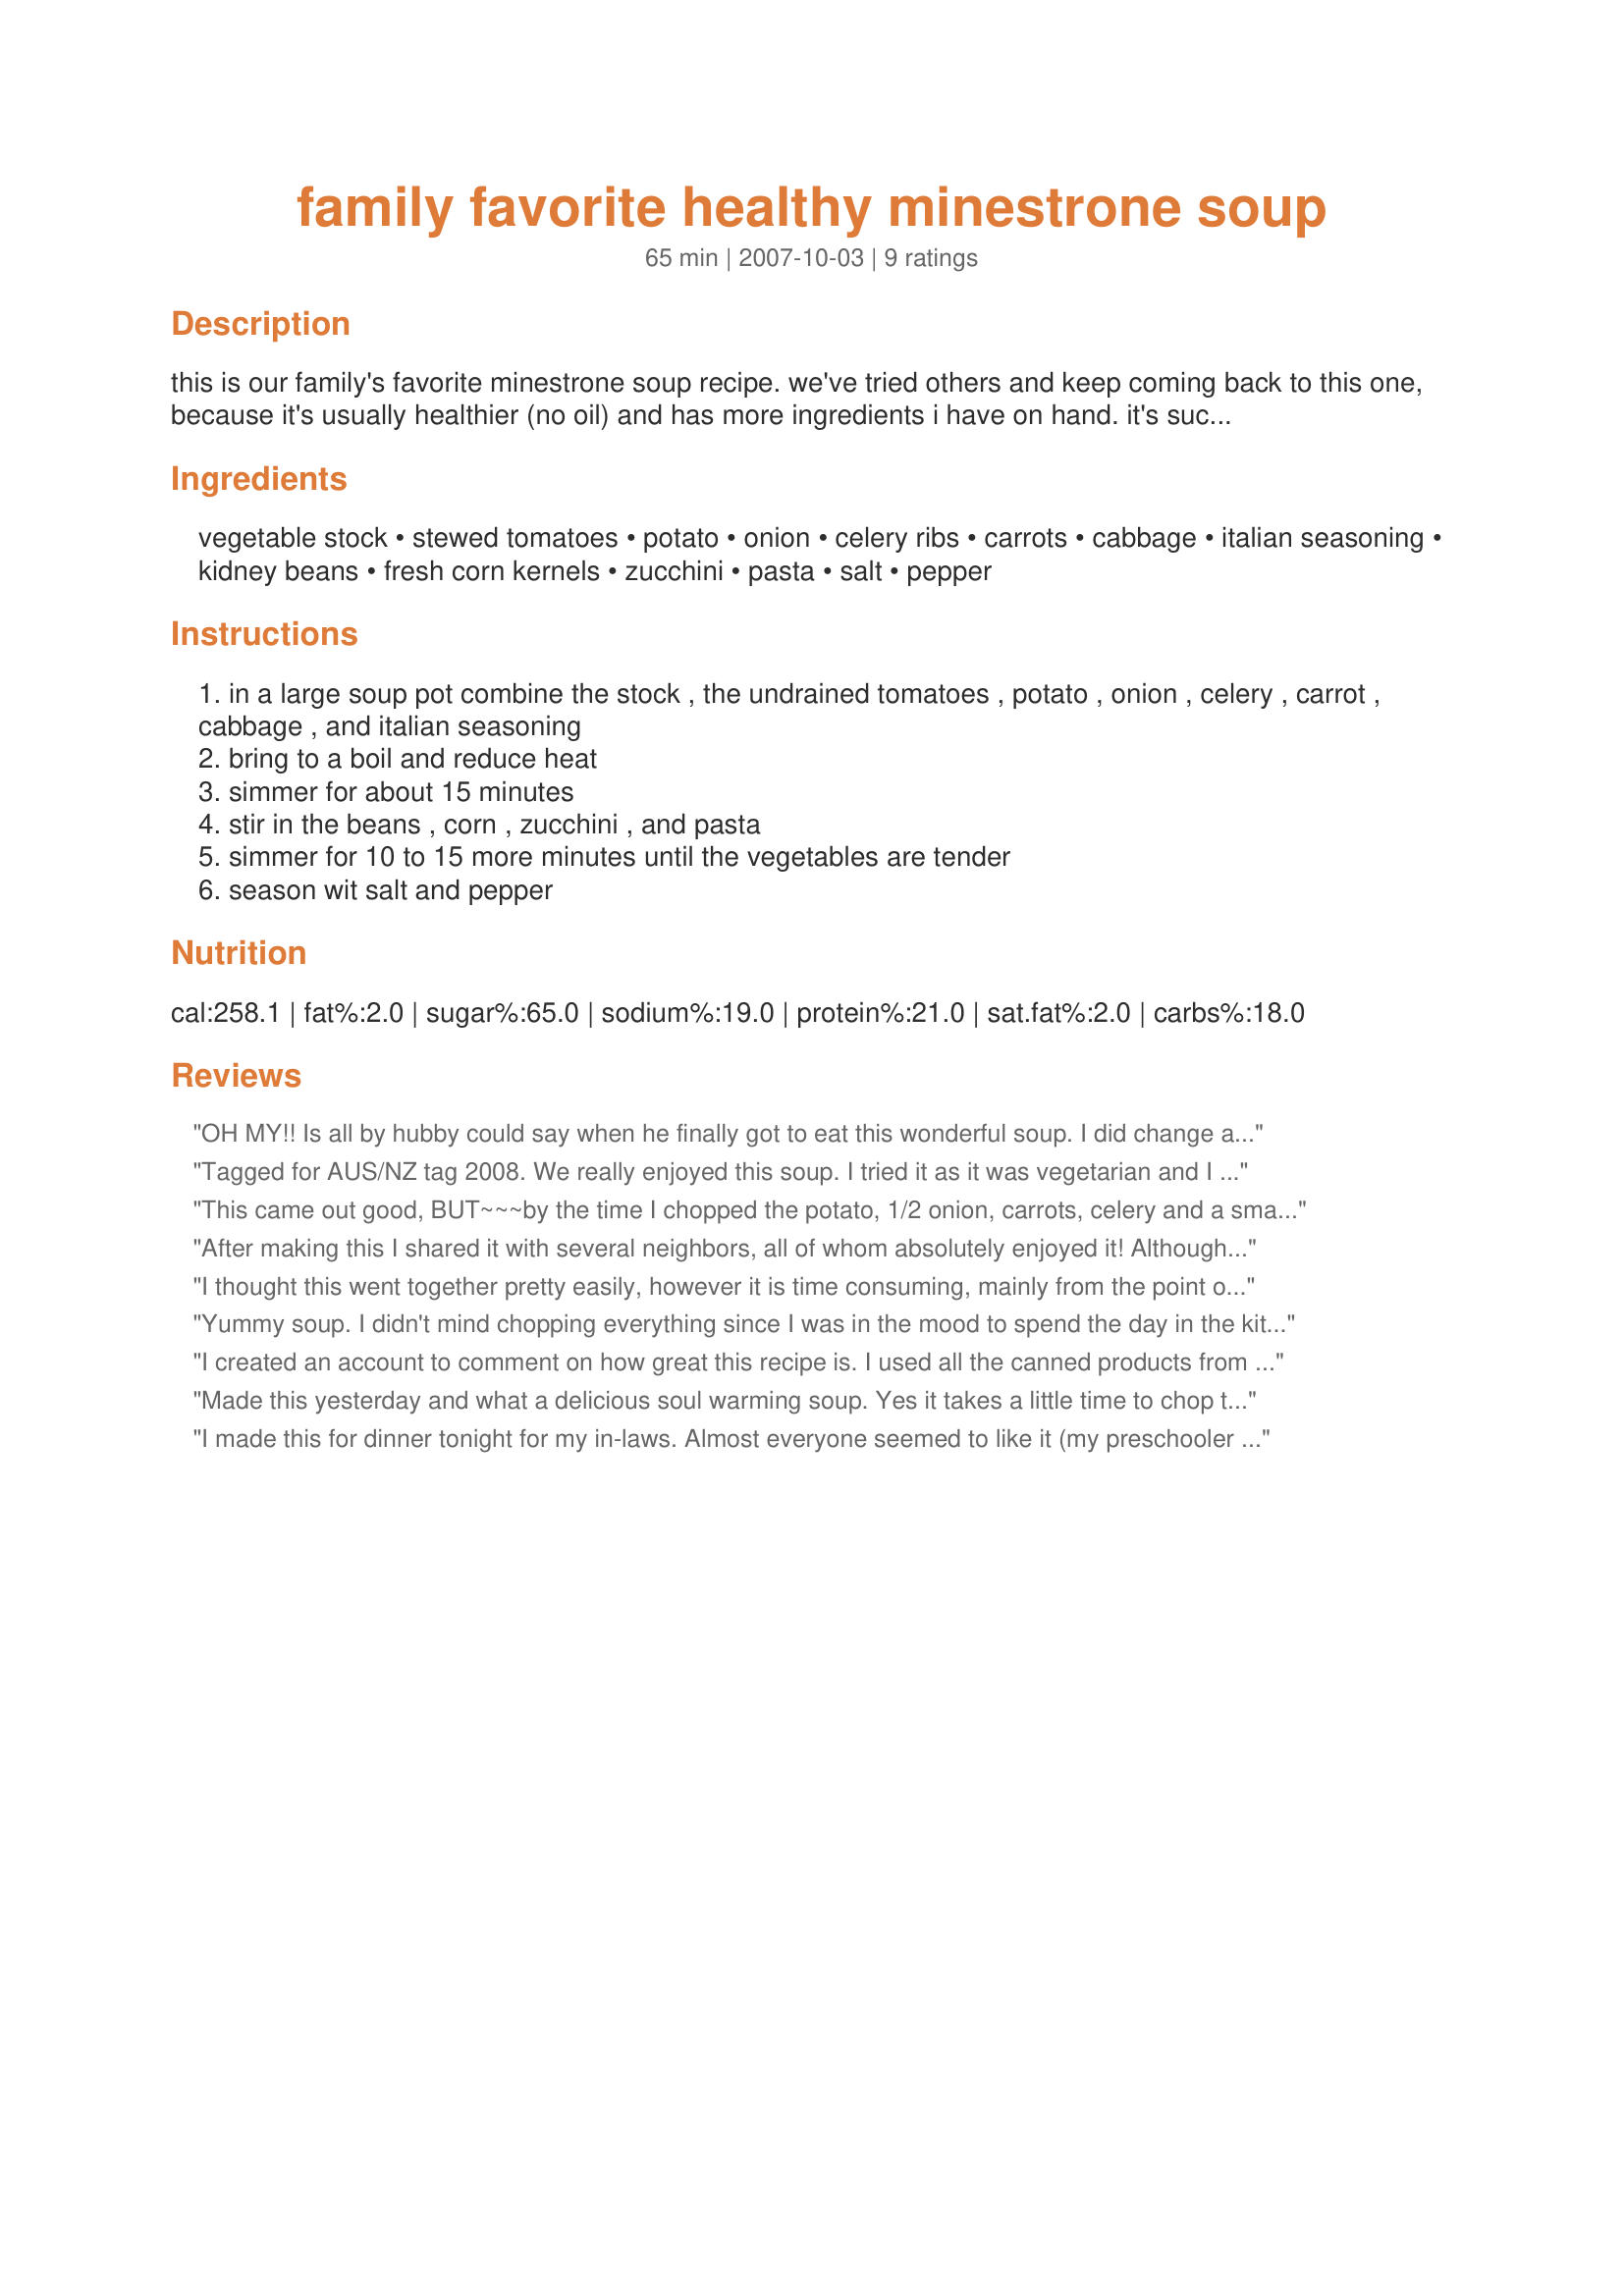
family favorite healthy minestrone soup
Preparation time: 65 minutes

this is our family's favorite minestrone soup recipe. we've tried others and keep coming back to this one, because it's usually healthier (no oil) and has more ingredients i have on hand. it's such a healthy filling meal. we are not sure where the recipe came from, but it's been on a piece of paper that is falling apart and i knew if i didn't put it in here i might lose it forever one day.

Ingredients:
vegetable stock, stewed tomatoes, potato, onion, celery ribs, carrots, cabbage, italian seasoning, kidney beans, fresh corn kernels, zucchini, pasta, salt, pepper

Steps:
in a large soup pot combine the stock , the undrained tomatoes , potato , onion , celery , carrot , cabbage , and italian seasoning
bring to a boil and reduce heat
simmer for about 15 minutes
stir in the beans , corn , zucchini , and pasta
simmer for 10 to 15 more minutes until the vegetables are tender
season wit salt and pepper

Reviews:
OH MY!! Is all by hubby could say when he finally got to eat this wonderful soup. I did change a few things like I couldn't find organic veggie stock so I used organic broth instead, I used whole wheat pasta, 1/2 of the large cabbage and 1 1/2 tsp. of the seasoning. Next time I might try a little more broth and maybe some garlic.
Thank you so much for sharing this great recipe.
Tagged for AUS/NZ tag 2008.

We really enjoyed this soup. I tried it as it was vegetarian and I ant to ntroduce more veg. foods in the house. We all enjoyed the soup. On the second day the taste melded better together, I also added garlic (personal preference). Served with italian crusty bread and parmasean cheese.
Thank you
This came out good, BUT~~~by the time I chopped the potato, 1/2 onion, carrots, celery and a small head of cabbage, I had to add 4 more cups of water to cover the veggies!!! Plus, I ended up adding another can of tomatoes and cooked the pasta separately, and then added it. This does make a LOT of soup, glad I have friends and family to pass this around to!!! I also had a little bit of left over black beans and green beans and aded them at the end~~~My house smells GREAT!!!
After making this I shared it with several neighbors, all of whom absolutely enjoyed it! Although it did take me a bit of time to do all the chopping, but I have no problem with that as long as I'm able! Did use a homemade chicken stock & that was especially nice! Thanks for sharing a great soup recipe! [Tagged, made & reviewed in 1-2-3 (& 4, in Dec!) Hit Wonders]
I thought this went together pretty easily, however it is time consuming, mainly from the point of view of cutting up vegetables. It also makes a very large recipe. That said it is very good, everyone who had it enjoyed it. The one item I might leave out the next time I make it is the corn, I am not sure the recipe needed it.
Yummy soup. I didn't mind chopping everything since I was in the mood to spend the day in the kitchen. I added some squash since I had some on hand and some small shell pasta which 'scooped' up the flavors and veggies well. I thought that it was a little bland so added some red pepper flakes to the leftovers the next day. Turned out really yummy. Thanks Enjolinfam for sharing. Made for All You Can Cook Buffet Tag special.
I created an account to comment on how great this recipe is. I used all the canned products from an organic store locally. The cabbage was a pleasant surprise that added a good texture and thickness to the dish. Being a college student. It's hard to find healthy food recipes that are simple. This was a great one that left me feeling full and happy, and not broke and grease-filled. Amazing!
Made this yesterday and what a delicious soul warming soup. Yes it takes a little time to chop the vegetables but I really don't mind...alot of times I find it relaxing. I did cut the recipe in half and used the full can of kidney beans but other than that and using just the diced tomatoes with basil I followed the directions. Definately a keeper. Thank you! Made for January Warm-ups.
I made this for dinner tonight for my in-laws. Almost everyone seemed to like it (my preschooler being an exception), and some of us really liked it. I used low-sodium chicken broth, and I used a handful of fingerling potatoes instead of 1 large potato. I topped it with shredded parmesan cheese, and I served it with a nice rustic sourdough bread and Beecher's Flagship cheese (kind of a cross between sharp cheddar and gruyere). Yum! Thanks for posting, Enjolinfam!
